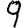
Digit: 9